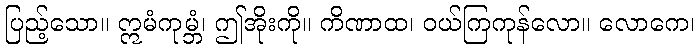
ပြည့်သော။ ဣမံကုမ္ဘံ၊ ဤအိုးကို။ ကိဏာထ၊ ဝယ်ကြကုန်လော။ လောကေ၊